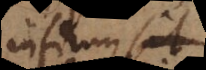
utrum sit